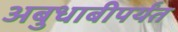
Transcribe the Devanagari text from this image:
अबुधाबीपर्यंत